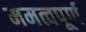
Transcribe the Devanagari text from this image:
ममत्वपूर्ण